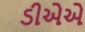
ડીએએ